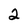
Character: 2